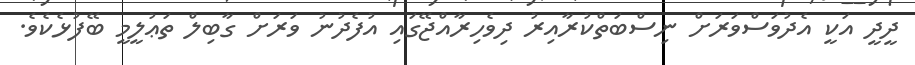
ދީދީ އަކީ އެދުވަސްވަރަށް ނިސްބަތްކުރާއިރު ދިވެހިރާއްޖޭގައި އުފެދުނު ވަރަށް ގާބިލް ތަޢުލީމީ ބޭފުޅެކެވެ.